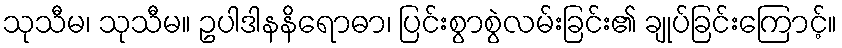
သုသီမ၊ သုသီမ။ ဥပါဒါနနိရောဓာ၊ ပြင်းစွာစွဲလမ်းခြင်း၏ ချုပ်ခြင်းကြောင့်။